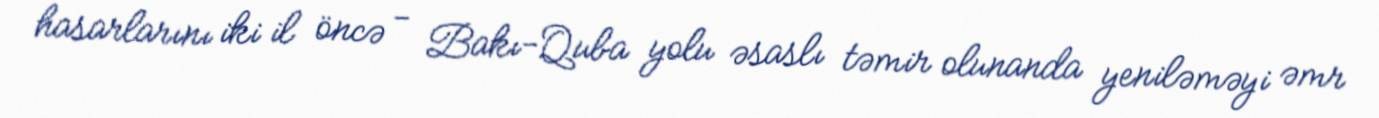
hasarlarını iki il öncə - Bakı-Quba yolu əsaslı təmir olunanda yeniləməyi əmr